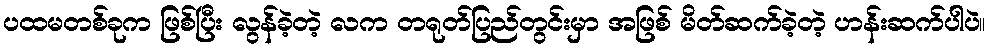
ပထမတစ်ခုက ဖြစ်ပြီး လွန်ခဲ့တဲ့ လက တရုတ်ပြည်တွင်းမှာ အဖြစ် မိတ်ဆက်ခဲ့တဲ့ ဟန်းဆက်ပါပဲ။